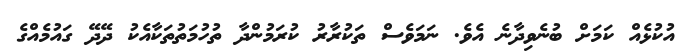
އުކުޅެއް ކަމަށް ބުނެވިދާނެ އެވެ. ނަމަވެސް ތަކުރާރު ކުރަމުންދާ ތުހުމަތުތަކާއެކު ދޭދޭ ގައުމެއްގެ